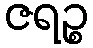
ဇရဉ္စ